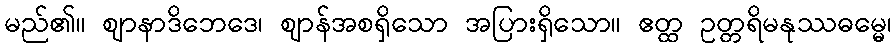
မည်၏။ ဈာနာဒိဘေဒေ၊ ဈာန်အစရှိသော အပြားရှိသော။ ဧတ္ထ ဥတ္တရိမနုဿဓမ္မေ၊